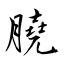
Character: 膮